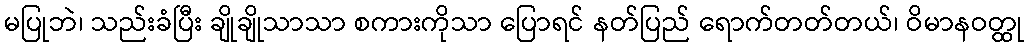
မပြုဘဲ၊ သည်းခံပြီး ချိုချိုသာသာ စကားကိုသာ ပြောရင် နတ်ပြည် ရောက်တတ်တယ်၊ ဝိမာနဝတ္ထု